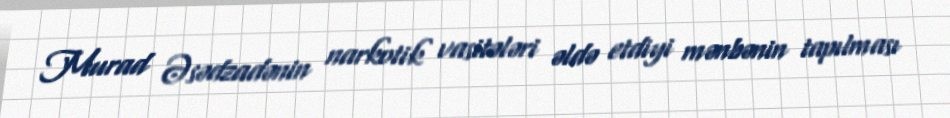
Murad Əsədzadənin narkotik vasitələri əldə etdiyi mənbənin tapılması